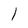
Character: l